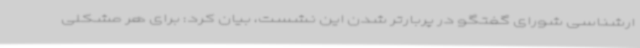
ارشناسی شورای گفتگو در پربارتر شدن این نشست، بیان کرد: برای هر مشکلی